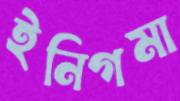
ইনিগমা